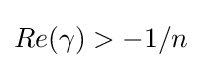
Re(\gamma )>-1/n